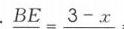
\(BE = 3 - x\)